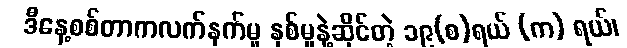
ဒီနေ့စစ်တာကလက်နက်မှု နှစ်မှုနဲ့ဆိုင်တဲ့ ၁၉(စ)ရယ် (က) ရယ်၊